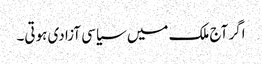
اگر آج ملک میں سیاسی آزادی ہوتی۔